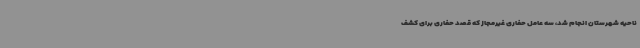
ناحیه شهرستان انجام شد، سه عامل حفاری غیرمجاز که قصد حفاری برای کشف